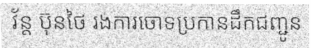
វ័ន្ត ប៊ុនថៃ រងការចោទប្រកានដឹកជញ្ជូន